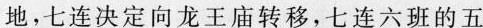
地，七连决定向龙王庙转移，七连六班的五